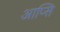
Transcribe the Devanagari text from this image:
आप्सि